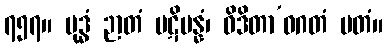
၇၅၇။ ဗုဒ္ဓံ ဉာတံ ပဋိပန္နံ၊ ဝိဒိတာ’ဝဂတံ မတံ။